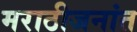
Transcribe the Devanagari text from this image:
मराठीजनांत